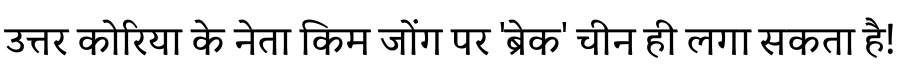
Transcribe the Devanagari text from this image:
उत्तर कोरिया के नेता किम जोंग पर 'ब्रेक' चीन ही लगा सकता है!